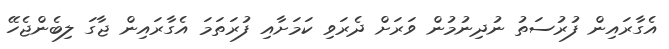
އެގާރައިން ފުރުސަތު ނުދިނުމުން ވަރަށް ދެރަވި ކަމަށާއި ފުރަތަމަ އެގާރައިން ޖާގަ ލިބެންޖެހޭ